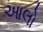
આલો